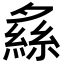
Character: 𦂞